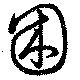
困